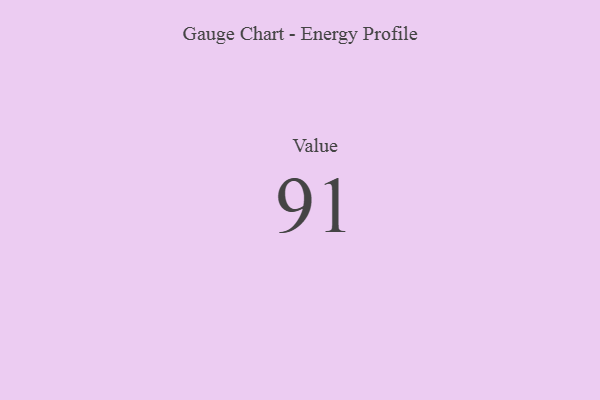
{"axis": {"x": "Metric", "y": "Value"}, "legend": [""], "data": [{"x": "Value", "y": 91, "type": ""}]}